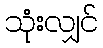
သုံးလျှင်